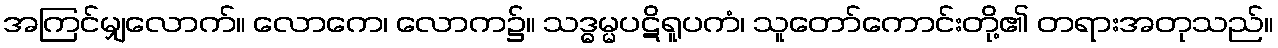
အကြင်မျှလောက်။ လောကေ၊ လောက၌။ သဒ္ဓမ္မပဋိရူပကံ၊ သူတော်ကောင်းတို့၏ တရားအတုသည်။